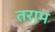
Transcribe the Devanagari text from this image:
तराम